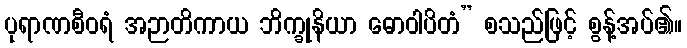
ပုရာဏစီဝရံ အဉာတိကာယ ဘိက္ခုနိယာ ဓောဝါပိတံ” စသည်ဖြင့် စွန့်အပ်၏။